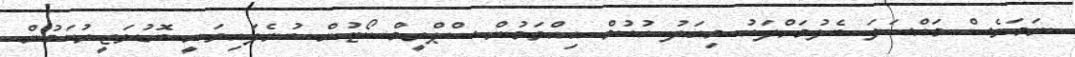
ނަމަވެސް މައްސަލަ ބެލުމަށްފަހު މިއަދު ހުކުމް އިއްވަމުން ސްޕްރީމް ކޯޓުން ބުނެފައިވަނީ ބޮޑުވަޒީރުކަމުން